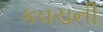
કવચની